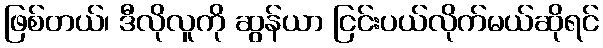
ဖြစ်တယ်၊ ဒီလိုလူကို ဆွန်ယာ ငြင်းပယ်လိုက်မယ်ဆိုရင်